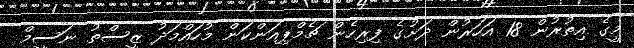
މީގެ އިތުރުން 18 އަހަރުން ދަށުގެ ފިރިހެން ޗެމްޕިއަންކަން މުހައްމަދު ޒީސްތު ނަސީމް